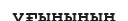
ұғынының